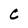
Character: C